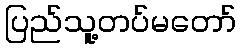
ပြည်သူ့တပ်မတော်